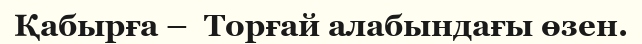
Қабырға –  Торғай алабындағы өзен.